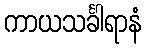
ကာယသင်္ခါရာနံ